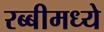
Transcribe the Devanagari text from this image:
रब्बीमध्ये